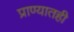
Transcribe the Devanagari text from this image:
प्राण्यातही